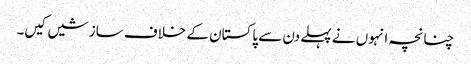
چنانچہ انہوں نے پہلے دن سے پاکستان کے خلاف سازشیں کیں۔